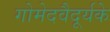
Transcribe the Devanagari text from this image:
गोमेदवैदूर्यके